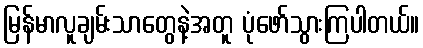
မြန်မာလူချမ်းသာတွေနဲ့အတူ ပုံဖော်သွားကြပါတယ်။